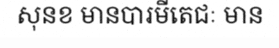
សុនខ មានបារមីតេជៈ មាន